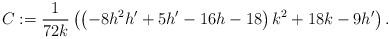
LaTeX: \begin{align*}C := \frac{1}{72k}\left(\left(-8h^2h'+5h'-16h-18\right)k^2+18k-9h'\right).\end{align*}